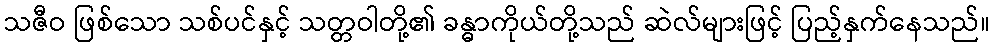
သဇီဝ ဖြစ်သော သစ်ပင်နှင့် သတ္တဝါတို့၏ ခန္ဓာကိုယ်တို့သည် ဆဲလ်များဖြင့် ပြည့်နှက်နေသည်။